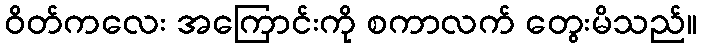
ဝိတ်ကလေး အကြောင်းကို စကာလက် တွေးမိသည်။